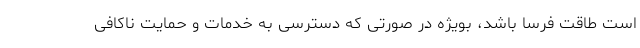
است طاقت فرسا باشد، بویژه در صورتی که دسترسی به خدمات و حمایت ناکافی